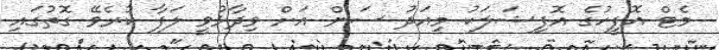
މެޓް އޮފީހުގެ އޮފިޝަލަކު މިއަދު ސަން އަށް ވިދާޅުވީ ލަފާ ކުރެވޭ ގޮތުގައި